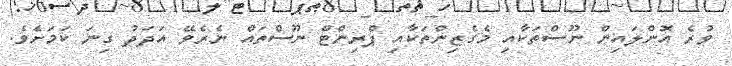
ވުރެ އޮންލައިން ނޫސްތަކާއި މެގެޒިންތަކާއި ޕްރިންޓް ނޫސްތައް ނެރެވޭ އަދަދު ގިނަ ކަމަށެވެ.